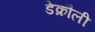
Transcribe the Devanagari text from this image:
डेक्रौली